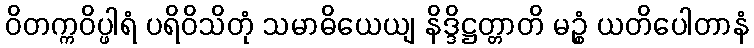
ဝိတက္ကဝိပ္ဖါရံ ပရိဝိသိတုံ သမာဓိယေယျ နိဒ္ဒိဋ္ဌတ္တာတိ မဉ္စံ ယတိပေါတာနံ